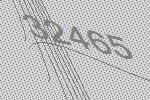
32465